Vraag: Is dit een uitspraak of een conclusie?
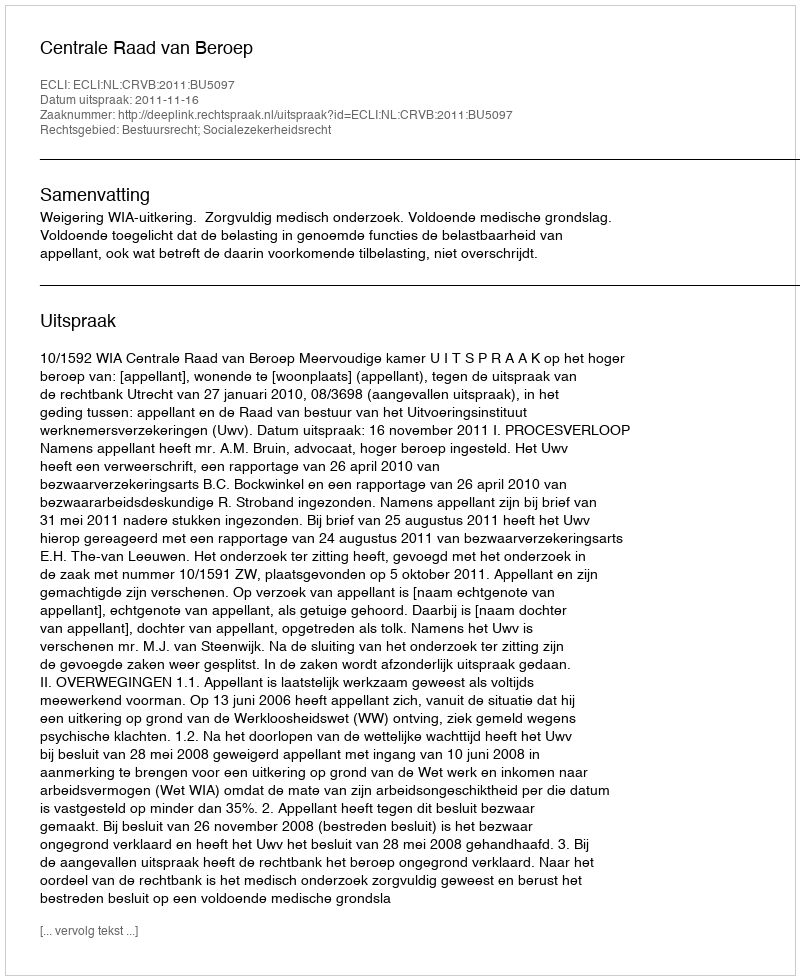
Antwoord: Uitspraak